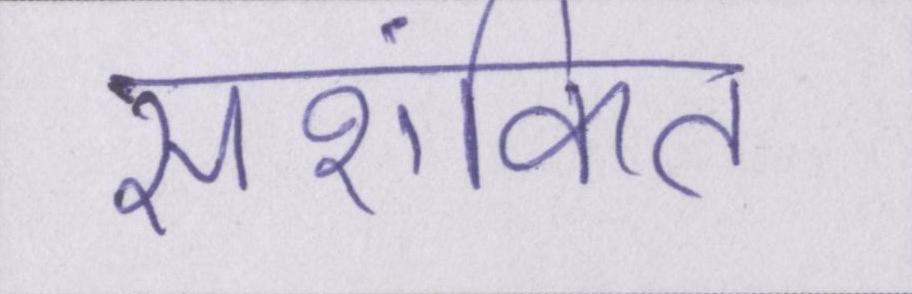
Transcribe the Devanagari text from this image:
सशंकित